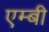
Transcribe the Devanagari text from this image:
एम्बी